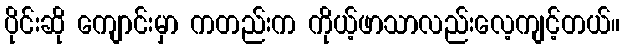
ပိုင်းဆို ကျောင်းမှာ ကတည်းက ကိုယ့်ဖာသာလည်းလေ့ကျင့်တယ်။